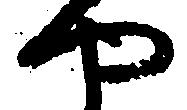
や